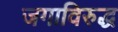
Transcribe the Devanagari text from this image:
जगाविरुद्ध